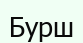
Бурш